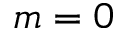
m = 0